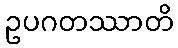
ဥပဂတဿာတိ